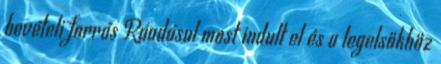
bevételi forrás Ráadásul most indult el és a legelsőkhöz